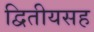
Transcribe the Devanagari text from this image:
द्वितीयसह